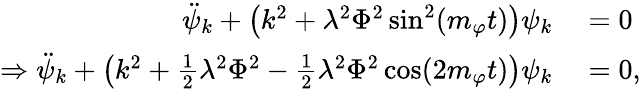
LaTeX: \begin{array}{rl}{\ddot{\psi}_{k}+\left(k^{2}+\lambda^{2}\Phi^{2}\sin^{2}(m_{\varphi}t)\right)\psi_{k}}&{{}=0}\\ {\Rightarrow\ddot{\psi}_{k}+\left(k^{2}+\frac{1}{2}\lambda^{2}\Phi^{2}-\frac{1}{2}\lambda^{2}\Phi^{2}\cos(2m_{\varphi}t)\right)\psi_{k}}&{{}=0,}\end{array}